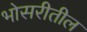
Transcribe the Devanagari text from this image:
भोसरीतील